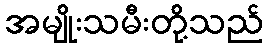
အမျိုးသမီးတို့သည်